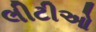
લીટીઓ